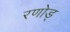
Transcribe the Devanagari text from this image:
रणोड्